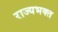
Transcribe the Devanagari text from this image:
राज्यभक्त